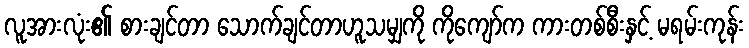
လူအားလုံး၏ စားချင်တာ သောက်ချင်တာဟူသမျှကို ကိုကျော်က ကားတစ်စီးနှင့် မရမ်းကုန်း